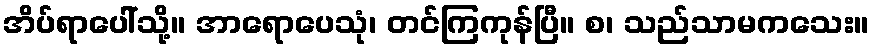
အိပ်ရာပေါ်သို့။ အာရောပေသုံ၊ တင်ကြကုန်ပြီ။ စ၊ သည်သာမကသေး။